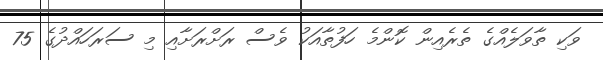
ވަކި ތާވަލެއްގެ ތެރެއިން ކޮންމެ ހަފުތާއަކު ވެސް ރަށްރަށާއި މި ސަރަހައްދުގެ 75